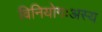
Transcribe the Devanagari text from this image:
विनियोगःअस्य